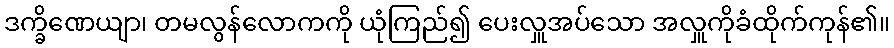
ဒက္ခိဏေယျာ၊ တမလွန်လောကကို ယုံကြည်၍ ပေးလှူအပ်သော အလှူကိုခံထိုက်ကုန်၏။